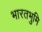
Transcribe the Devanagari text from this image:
भारतभुमि